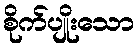
စိုက်ပျိုးသော